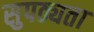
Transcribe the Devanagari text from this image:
सुपठ्यता